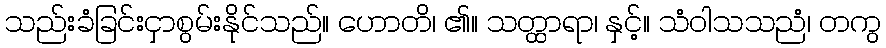
သည်းခံခြင်းငှာစွမ်းနိုင်သည်။ ဟောတိ၊ ၏။ သတ္ထာရာ၊ နှင့်။ သံဝါသသညံ၊ တကွ